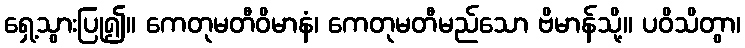
ရှေ့သွားပြု၍။ ကေတုမတီဝိမာနံ၊ ကေတုမတီမည်သော ဗိမာန်သို့။ ပဝိသိတွာ၊